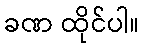
ခဏ ထိုင်ပါ။